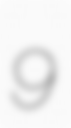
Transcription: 9